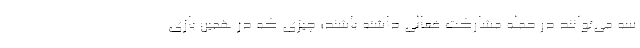
سه می‌توانند در حمله مشارکت فعالی داشته باشند؛ چیزی که در همین بازی